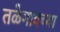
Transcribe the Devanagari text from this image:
तळेगावच्या